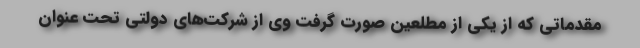
مقدماتی که از یکی از مطلعین صورت گرفت وی از شرکت‌های دولتی تحت عنوان